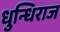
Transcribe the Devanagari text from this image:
धुन्धिराज